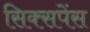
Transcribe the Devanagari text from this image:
सिक्सपेंस